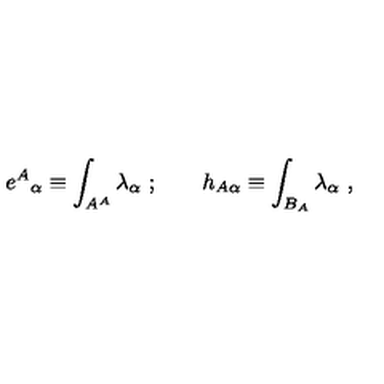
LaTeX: { e ^ { A } } _ { \alpha } \equiv \int _ { A ^ { A } } \lambda _ { \alpha } \ ; \qquad h _ { A \alpha } \equiv \int _ { B _ { A } } \lambda _ { \alpha } \ ,